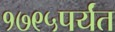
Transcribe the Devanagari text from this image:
१७९५पर्यंत